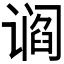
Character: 𬤛